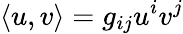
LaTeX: \langle u,v\rangle=g_{ij}u^{i}v^{j}